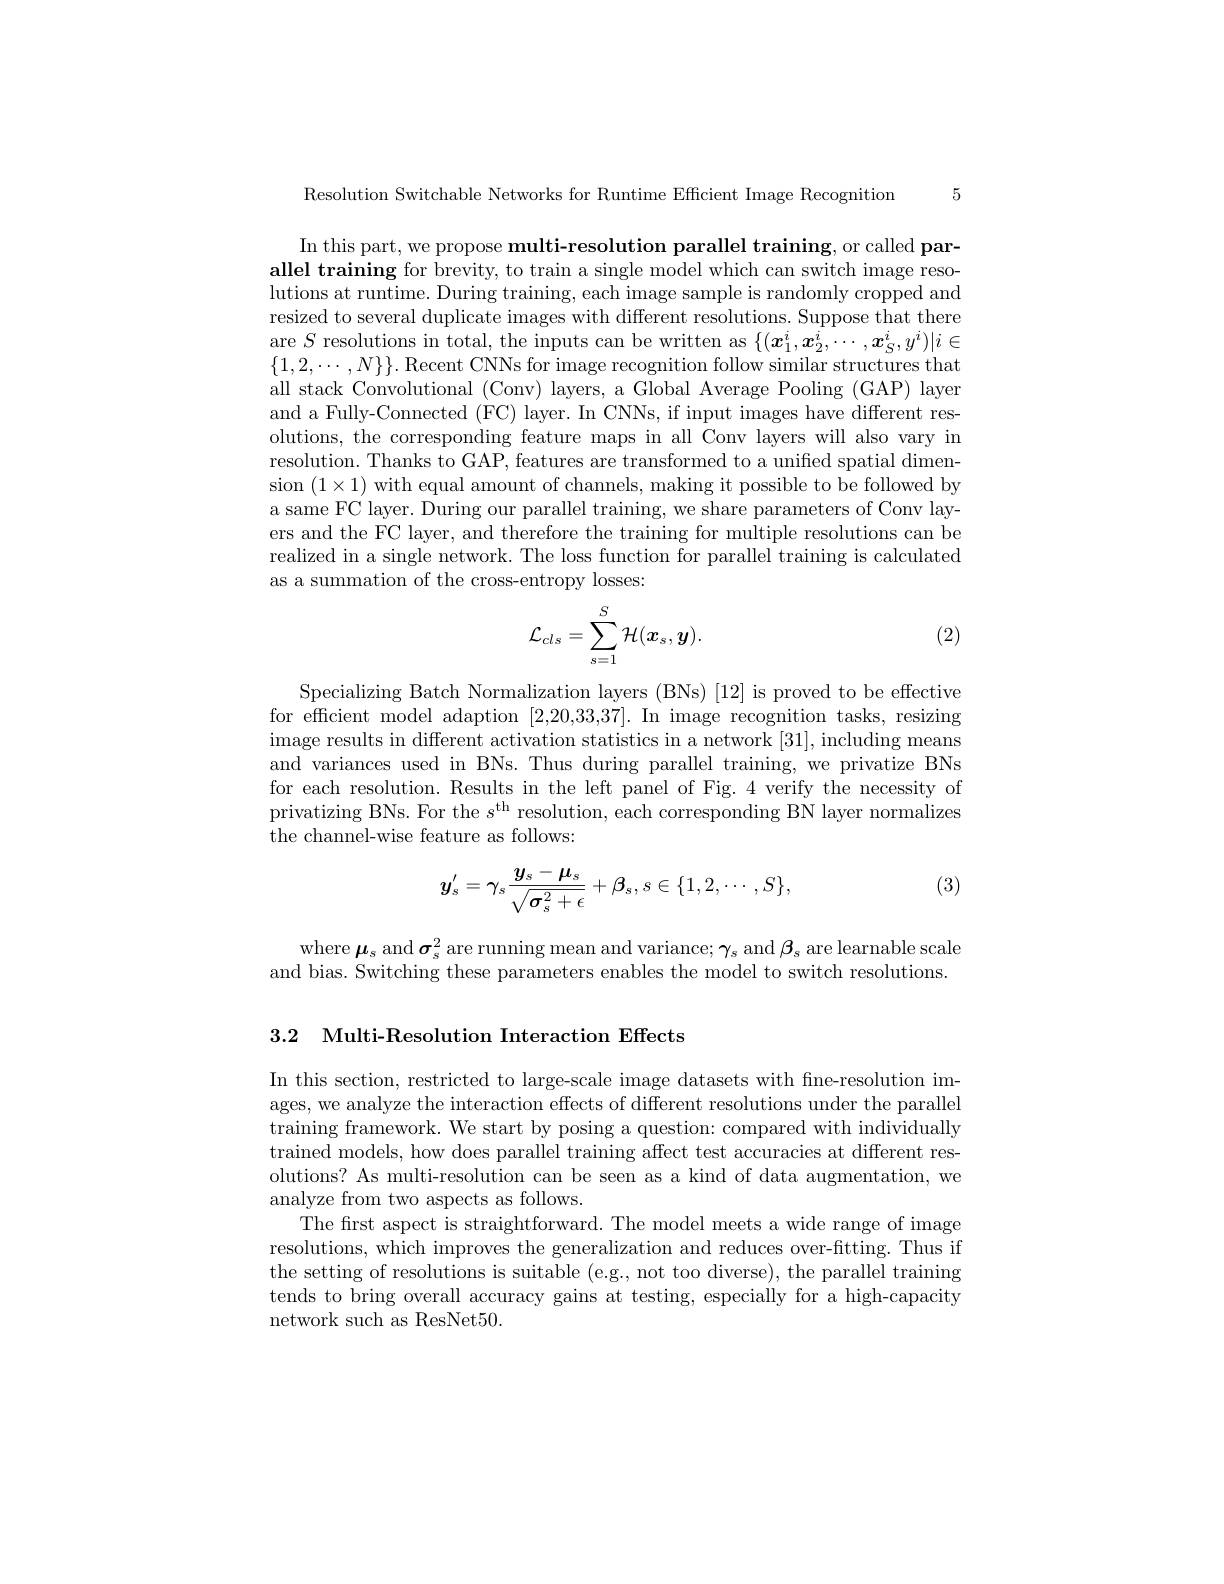
Resolution Switchable Networks for Runtime Effcient Image Recognition 5

In this part, we propose multi-resolution parallel training, or called parallel training for brevity, to train a single model which can switch image resolutions at runtime. During training, each image sample is randomly cropped and resized to several duplicate images with different resolutions. Suppose that there are $S$ resolutions in total, the inputs can be written as $\{(x_1^i,x_2^i,\cdots,x_S^i,y^i)|i\in$ $\{1,2,\cdots,N\}\}.$ Recent CNNs for image recognition follow similar structures that all stack Convolutional (Conv) layers, a Global Average Pooling (GAP) layer and a Fully-Connected (FC) layer. In CNNs, if input images have different resolutions, the corresponding feature maps in all Conv layers will also vary in resolution. Thanks to GAP, features are transformed to a unified spatial dimension $(1\times1)$ with equal amount of channels, making it possible to be followed by a same FC layer. During our parallel training, we share parameters of Conv layers and the FC layer, and therefore the training for multiple resolutions can be realized in a single network. The loss function for parallel training is calculated as a summation of the cross-entropy losses:
$$\mathcal{L}_{cls}=\sum_{s=1}^{S}\mathcal{H}(\boldsymbol{x}_{s},\boldsymbol{y}).$$
(2)

Specializing Batch Normalization layers (BNs) [12] is proved to be effective for efficient model adaption [2,20,33,37]. In image recognition tasks, resizing image results in different activation statistics in a network [31], including means and variances used in BNs. Thus during parallel training, we privatize BNs for each resolution. Results in the left panel of Fig. 4 verify the necessity of privatizing BNs. For the $s^\mathrm{th}$ resolution, each corresponding BN layer normalizes the channel-wise feature as follows:

(3)
$$y_{s}^{\prime}=\gamma_{s}\frac{y_{s}-\mu_{s}}{\sqrt{\sigma_{s}^{2}+\epsilon}}+\beta_{s},s\in\{1,2,\cdots,S\},$$
where $\boldsymbol{\mu}_s$ and $\boldsymbol{\sigma}_s^2$ are running mean and variance; $\gamma_s$ and $\beta_s$ are learnable scale and bias. Switching these parameters enables the model to switch resolutions.

3.2 Multi-Resolution Interaction Effects

In this section, restricted to large-scale image datasets with fine-resolution images, we analyze the interaction effects of different resolutions under the parallel training framework. We start by posing a question: compared with individually trained models, how does parallel training affect test accuracies at different resolutions? As multi-resolution can be seen as a kind of data augmentation, we analyze from two aspects as follows.
The first aspect is straightforward. The model meets a wide range of image resolutions, which improves the generalization and reduces over-fitting. Thus if the setting of resolutions is suitable (e.g., not too diverse), the parallel training tends to bring overall accuracy gains at testing, especially for a high-capacity network such as ResNet50.